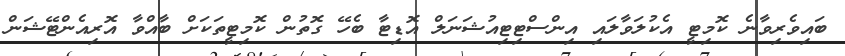
ބައިވެރިވާނެ ކޮމިޓީ އެކުލަވާލައި އިންސްޓިޓިއުޝަނަލް އޮޑިޓާ ބެހޭ ގޮތުން ކޮމިޓީތަކަށް ބާއްވާ އޮރިއެންޓޭޝަން